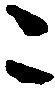
ニ